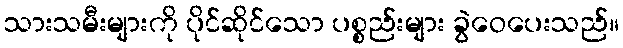
သားသမီးများကို ပိုင်ဆိုင်သော ပစ္စည်းများ ခွဲဝေပေးသည်။